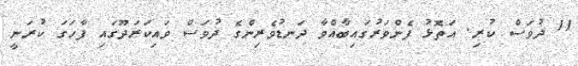
11 ދުވަސް ކުރި. އަތޮޅު ފެންވަރުގައިބާއްވާ ދަނޑުވެރިންގެ ދުވަސް ވައިކަރަދޫގައި ފާހަގަ ކުރަނީ